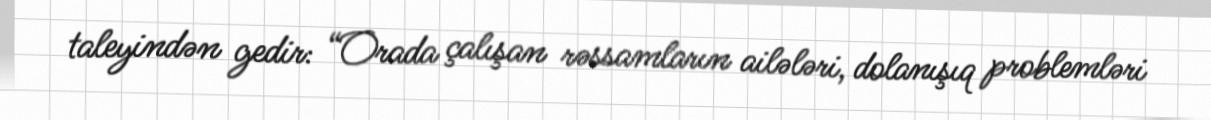
taleyindən gedir: “Orada çalışan rəssamların ailələri, dolanışıq problemləri